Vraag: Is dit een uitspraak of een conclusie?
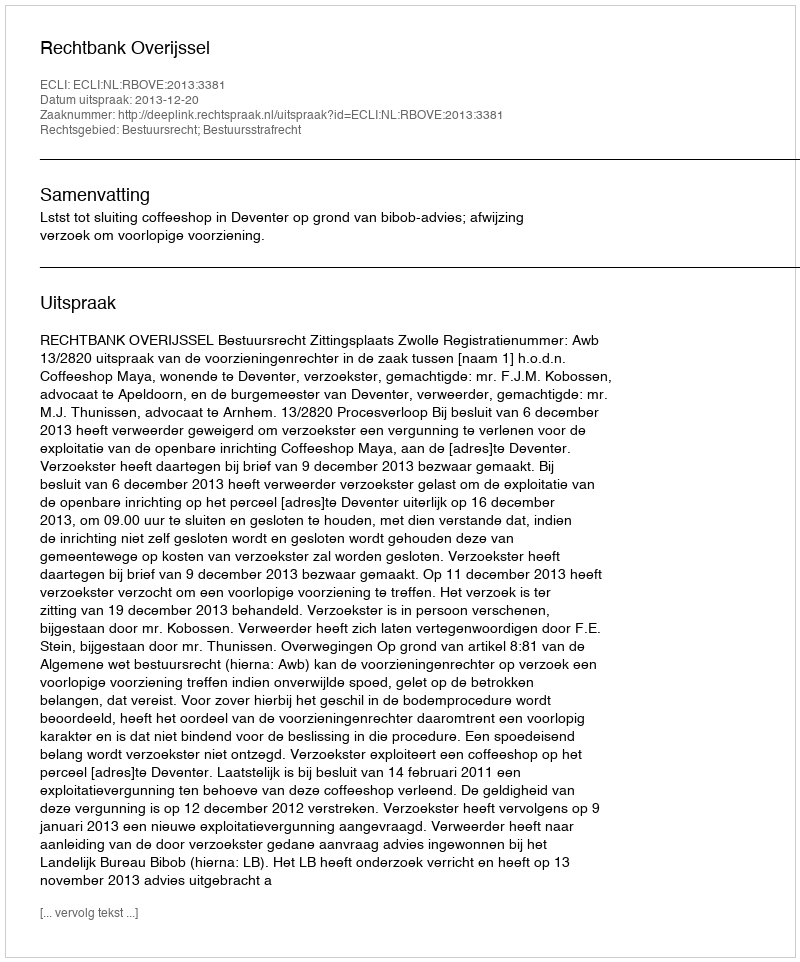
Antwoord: Uitspraak